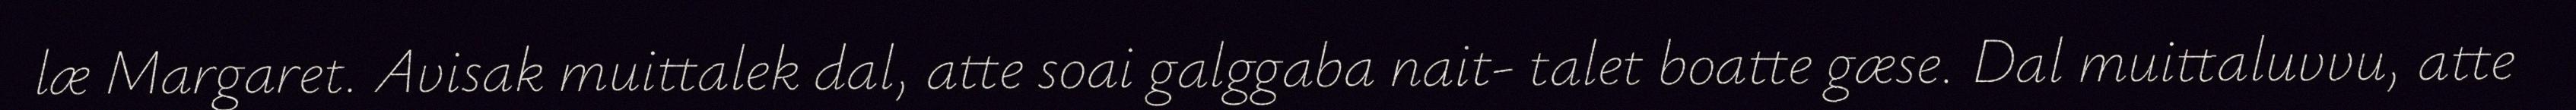
læ Margaret. Avisak muittalek dal, atte soai galggaba nait- talet boatte gæse. Dal muittaluvvu, atte